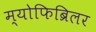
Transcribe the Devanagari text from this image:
म्योफिब्रिलर